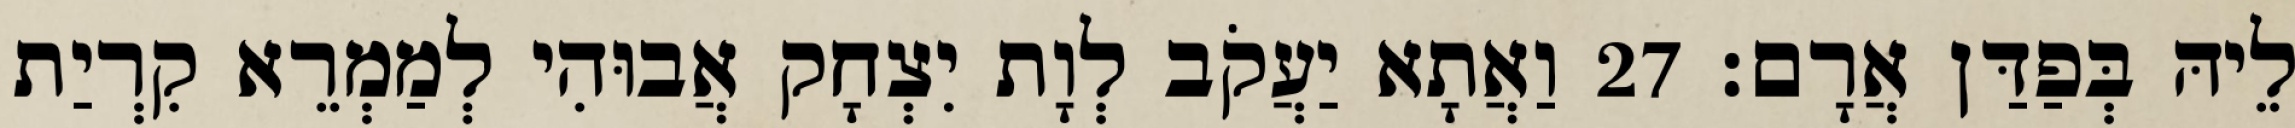
לֵיהּ בְּפַדַּן אֲרָם׃ 27 וַאֲתָא יַעֲקֹב לְוָת יִצְחָק אֲבוּהִי לְמַמְרֵא קִרְיַת